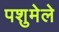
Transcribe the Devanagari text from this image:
पशुमेले